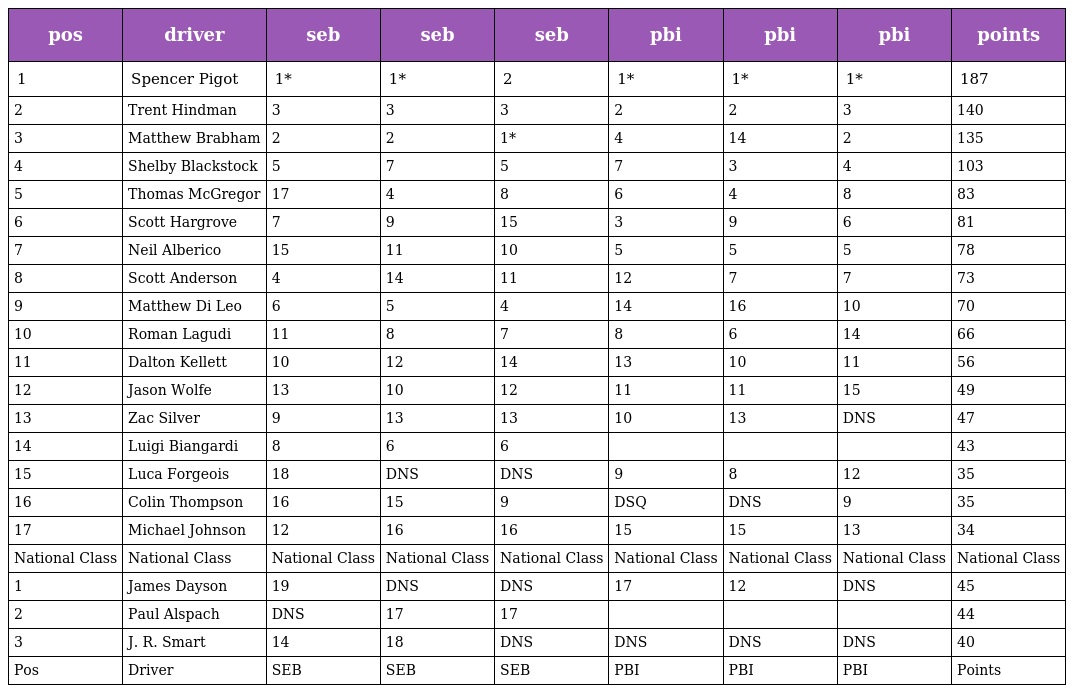
| pos | driver | seb | seb | seb | pbi | pbi | pbi | points |
 | --- | --- | --- | --- | --- | --- | --- | --- | --- |
 | 1 | Spencer Pigot | 1* | 1* | 2 | 1* | 1* | 1* | 187 |
 | 2 | Trent Hindman | 3 | 3 | 3 | 2 | 2 | 3 | 140 |
 | 3 | Matthew Brabham | 2 | 2 | 1* | 4 | 14 | 2 | 135 |
 | 4 | Shelby Blackstock | 5 | 7 | 5 | 7 | 3 | 4 | 103 |
 | 5 | Thomas McGregor | 17 | 4 | 8 | 6 | 4 | 8 | 83 |
 | 6 | Scott Hargrove | 7 | 9 | 15 | 3 | 9 | 6 | 81 |
 | 7 | Neil Alberico | 15 | 11 | 10 | 5 | 5 | 5 | 78 |
 | 8 | Scott Anderson | 4 | 14 | 11 | 12 | 7 | 7 | 73 |
 | 9 | Matthew Di Leo | 6 | 5 | 4 | 14 | 16 | 10 | 70 |
 | 10 | Roman Lagudi | 11 | 8 | 7 | 8 | 6 | 14 | 66 |
 | 11 | Dalton Kellett | 10 | 12 | 14 | 13 | 10 | 11 | 56 |
 | 12 | Jason Wolfe | 13 | 10 | 12 | 11 | 11 | 15 | 49 |
 | 13 | Zac Silver | 9 | 13 | 13 | 10 | 13 | DNS | 47 |
 | 14 | Luigi Biangardi | 8 | 6 | 6 |  |  |  | 43 |
 | 15 | Luca Forgeois | 18 | DNS | DNS | 9 | 8 | 12 | 35 |
 | 16 | Colin Thompson | 16 | 15 | 9 | DSQ | DNS | 9 | 35 |
 | 17 | Michael Johnson | 12 | 16 | 16 | 15 | 15 | 13 | 34 |
 | National Class | National Class | National Class | National Class | National Class | National Class | National Class | National Class | National Class |
 | 1 | James Dayson | 19 | DNS | DNS | 17 | 12 | DNS | 45 |
 | 2 | Paul Alspach | DNS | 17 | 17 |  |  |  | 44 |
 | 3 | J. R. Smart | 14 | 18 | DNS | DNS | DNS | DNS | 40 |
 | Pos | Driver | SEB | SEB | SEB | PBI | PBI | PBI | Points |